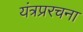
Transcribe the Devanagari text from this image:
यंत्रप्ररचना